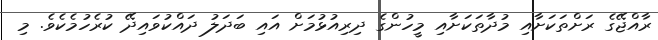
ރާއްޖޭގެ ރަށްތަކަށާއި މުދާތަކަށާއި މީހުންގެ ދިރިއުޅުމަށް އައި ބަދަލު ދައްކުވައިދޭ ކުރެހުމެކެވެ. މި